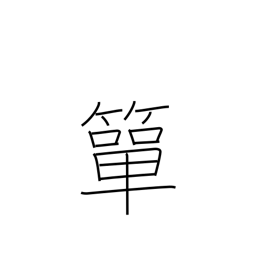
Meaning: small bamboo basket for holding